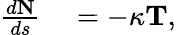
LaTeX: \begin{array}{rl}{{\frac{d\mathbf{N}}{ds}}}&{{}=-\kappa\mathbf{T},}\end{array}